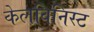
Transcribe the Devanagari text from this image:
केलविनिस्ट